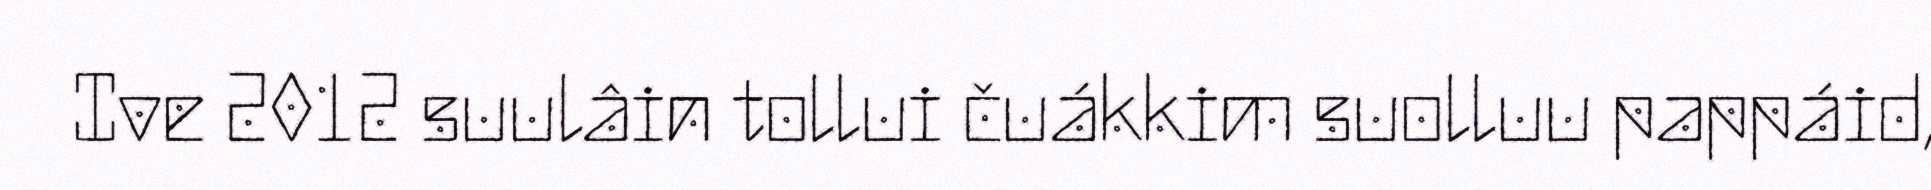
Ive 2012 suulâin tollui čuákkim suolluu pappáid,